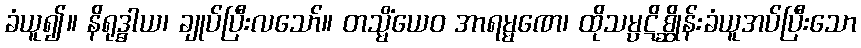
ခံယူ၍။ နိရုဒ္ဓါယ၊ ချုပ်ပြီးလသော်။ တသ္မိံယေဝ အာရမ္မဏေ၊ ထိုသမ္ပဋိစ္ဆိုန်းခံယူအပ်ပြီးသော